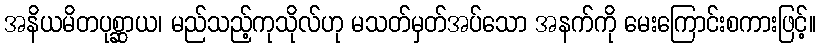
အနိယမိတပုစ္ဆာယ၊ မည်သည့်ကုသိုလ်ဟု မသတ်မှတ်အပ်သော အနက်ကို မေးကြောင်းစကားဖြင့်။